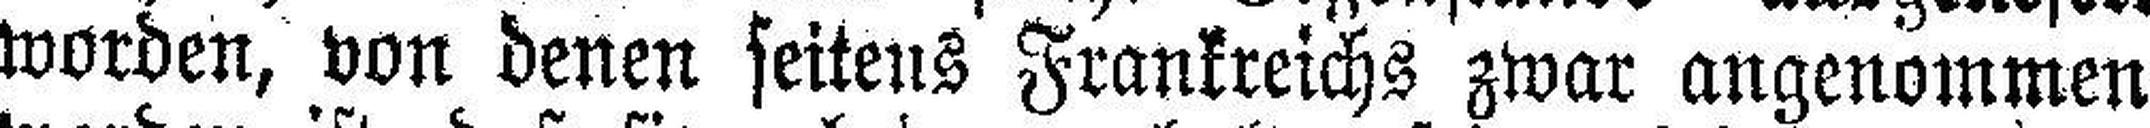
worden, von denen seitens Frankreichs zwar angenommen